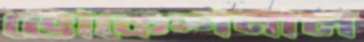
ভোকেশনাল